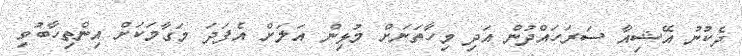
ދެކުނު އޭޝިއާ ސަރަހައްދުން އަދި މިހާތަނަށް މުޅިން އަލަށް އެފަދަ މަގާމަކަށް އިންތިހާބުވި